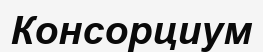
Консорциум